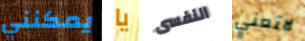
يمكنني يا النفسى لاتعني